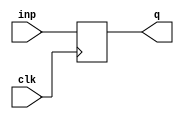
`timescale 1ns / 1ps
//////////////////////////////////////////////////////////////////////////////////
// Company: 
// Engineer: 
// 
// Design Name: 
// Module Name: D_flipflop
// Project Name: 
// Target Devices: 
// Tool Versions: 
// Description: 
// 
// Dependencies: 
// 
// Revision:
// Revision 0.01 - File Created
// Additional Comments:
// 
//////////////////////////////////////////////////////////////////////////////////


module D_flipflop   #(parameter N=3)  (
input clk,
input[N-1:0] inp,
output reg [N-1:0] q

    );
    always@(posedge clk)
    q<=inp;
endmodule